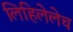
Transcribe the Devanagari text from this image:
लिहिलेलेच